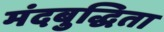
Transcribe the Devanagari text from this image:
मंदबुद्धिता